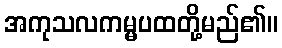
အကုသလကမ္မပထတို့မည်၏။